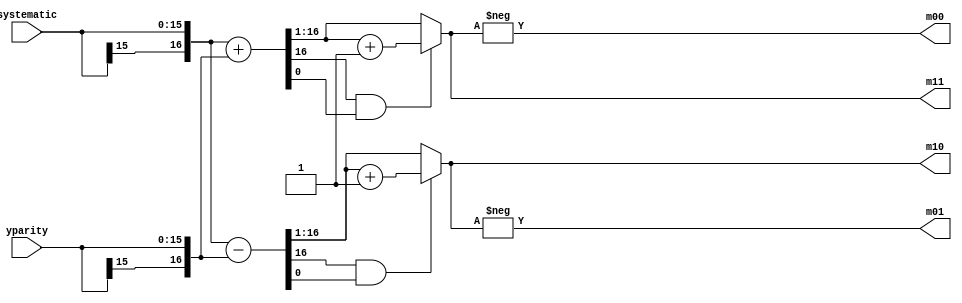
`timescale 1ns / 1ps
//////////////////////////////////////////////////////////////////////////////////
// Company: 
// Engineer: 
// 
// Design Name: 
// Module Name:    compute_gamma_s 
// Project Name: 
// Target Devices: 
// Tool versions: 
// Description: 
//
// Dependencies: 
//
// Revision: 
// Revision 0.01 - File Created
// Additional Comments: 
//
//////////////////////////////////////////////////////////////////////////////////
module compute_gamma_s(
	m11,
	m10,
	m00,
	m01,
	systematic,
	yparity
   );
	
output [15:0]m11,m10,m00,m01;
input [15:0]systematic,yparity;

wire [16:0] temp11,temp10,systematic_t,yparity_t;
  

assign systematic_t={systematic[15],systematic};
assign yparity_t={yparity[15],yparity};

assign temp11=(systematic_t+yparity_t);
assign temp10=(systematic_t-yparity_t);

 assign m11=(temp11[16]&temp11[0])?(temp11[16:1]+1):temp11[16:1];
 assign m10=(temp10[16]&temp10[0])?(temp10[16:1]+1):temp10[16:1];
 assign m00=-m11;
 assign m01=-m10; 

endmodule